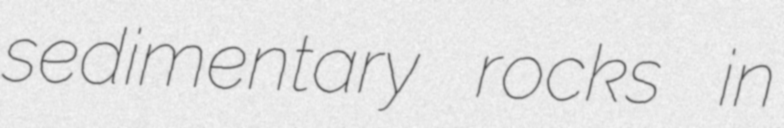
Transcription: sedimentary rocks in